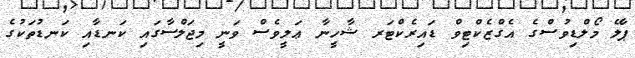
ޕާލޭ މޯލްޑިވުސްގެ އެގްޒެކްޓިވް ޑައިރެކްޓަރ ޝާހީނާ ޢަލީވެސް ވަނީ މިޖަލްސާގައި ކަނޑާއި ކަނޑުތަކުގެ